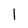
Character: 1